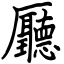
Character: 㕔